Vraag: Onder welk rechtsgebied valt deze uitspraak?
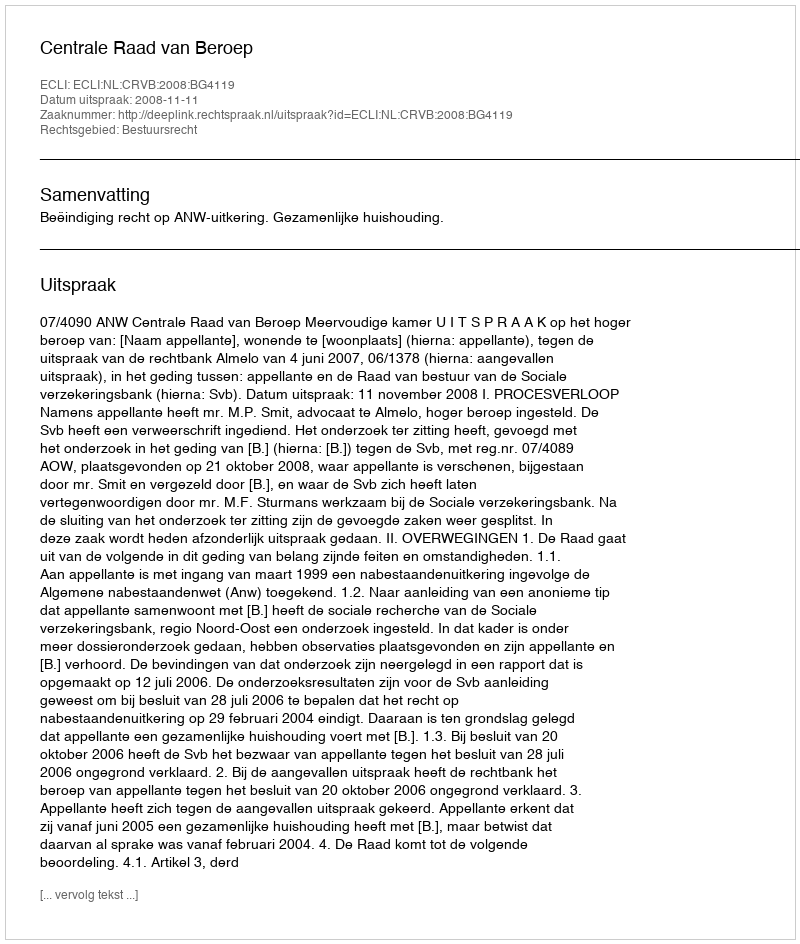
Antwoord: Bestuursrecht